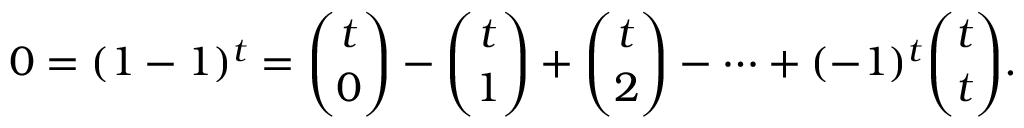
0 = ( 1 - 1 ) ^ { t } = { \binom { t } { 0 } } - { \binom { t } { 1 } } + { \binom { t } { 2 } } - \cdots + ( - 1 ) ^ { t } { \binom { t } { t } } .